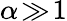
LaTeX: \alpha\! \gg\! 1